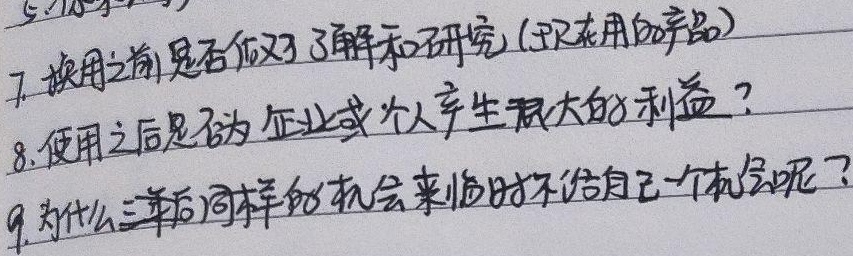
7. 换用之前是否做了了解和研究(即在用的产品)
8. 使用之后是否为企业或个人产生很大的利益？
9. 为什么三年后同样的机会来临时不给自己一个机会呢？